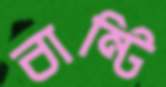
বান্টি